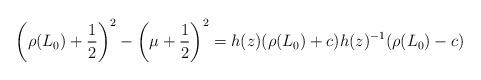
LaTeX: \begin{align*}\left( \rho(L_0)+\frac{1}{2}\right)^2-\left(\mu+\frac{1}{2}\right)^2=h(z)(\rho(L_0)+c)h(z)^{-1}(\rho(L_0)-c)\end{align*}